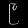
Digit: ၉